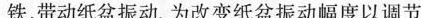
铁，带动纸盆振动。为改变纸盆振动幅度以调节